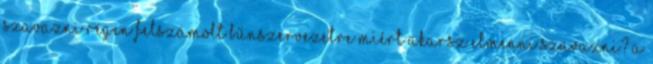
szavazni Régen felszámolt bűnszervezetre miért akarsz elmenni szavazni? A